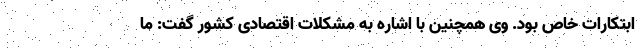
ابتکارات خاص بود. وی همچنین با اشاره به مشکلات اقتصادی کشور گفت: ما